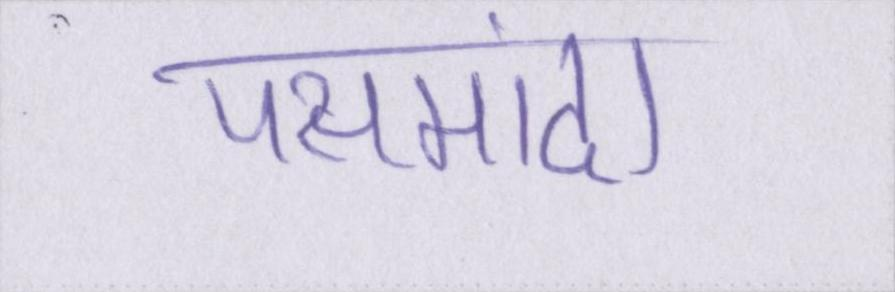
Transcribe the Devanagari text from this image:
पसमांदा